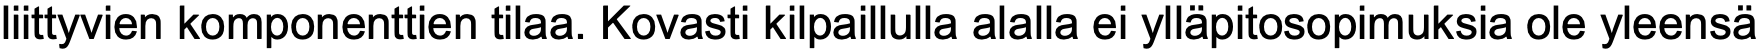
liittyvien komponenttien tilaa. Kovasti kilpaillulla alalla ei ylläpitosopimuksia ole yleensä